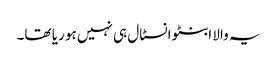
یہ والا ابنٹو انسٹال ہی نہیں ہو ریا تھا۔